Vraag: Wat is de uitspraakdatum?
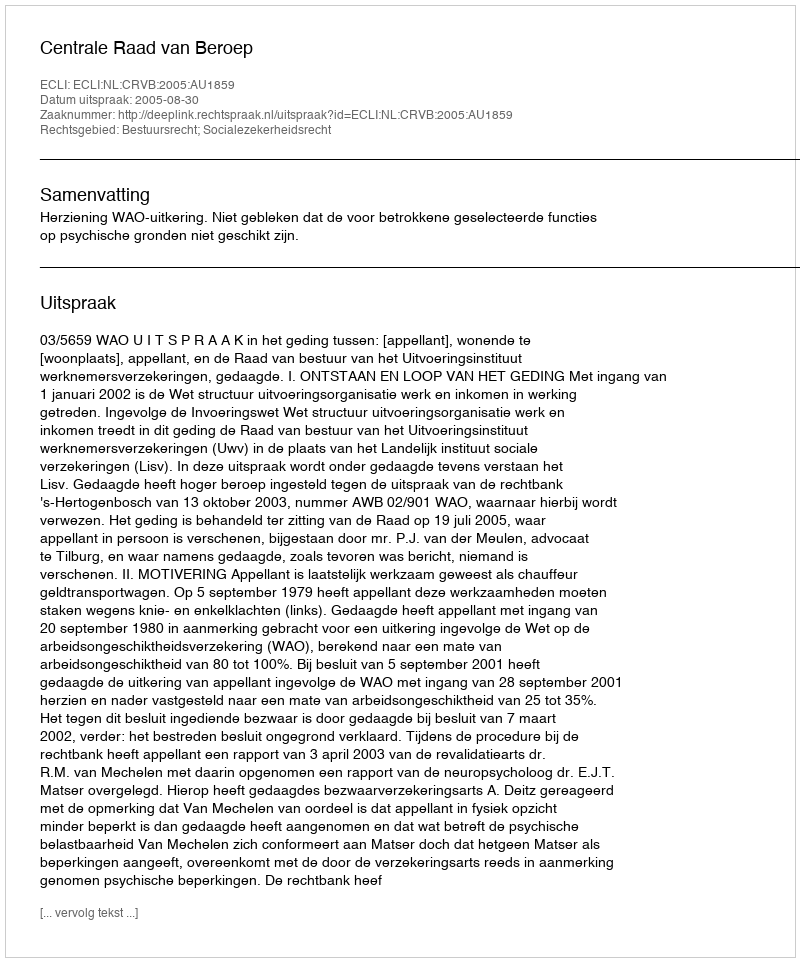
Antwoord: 2005-08-30